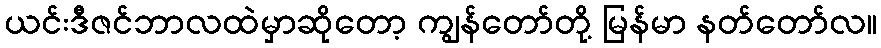
ယင်းဒီဇင်ဘာလထဲမှာဆိုတော့ ကျွန်တော်တို့ မြန်မာ နတ်တော်လ။